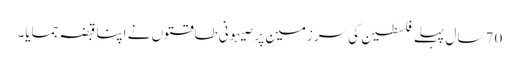
70 سال پہلے فلسطین کی سرزمین پر صیہونی طاقتوں نے اپنا قبضہ جمایا۔